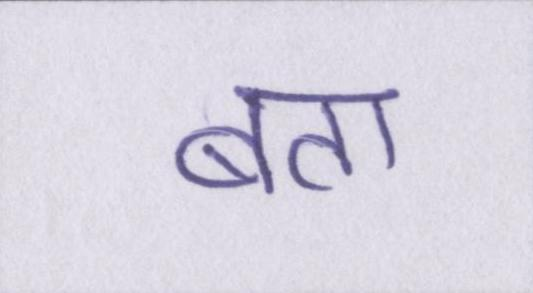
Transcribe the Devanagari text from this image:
बता